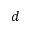
d